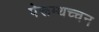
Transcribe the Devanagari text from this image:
पेरूम्थच्चन